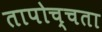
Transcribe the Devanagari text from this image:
तापोच्चता